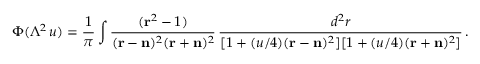
\Phi ( \Lambda ^ { 2 } \, u ) = { \frac { 1 } { \pi } } \int { \frac { ( { \bf r } ^ { 2 } - 1 ) } { ( { \bf r } - { \bf n } ) ^ { 2 } ( { \bf r } + { \bf n } ) ^ { 2 } } } \, { \frac { d ^ { 2 } r } { [ 1 + ( u / 4 ) ( { \bf r } - { \bf n } ) ^ { 2 } ] [ 1 + ( u / 4 ) ( { \bf r } + { \bf n } ) ^ { 2 } ] } } \, .